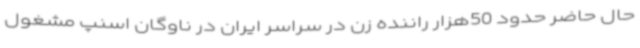
حال حاضر حدود 50هزار راننده زن در سراسر ایران در ناوگان اسنپ مشغول